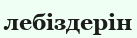
лебіздерін